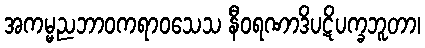
အကမ္မညဘာဝကရာဝသေသ နီဝရဏာဒိပဋိပက္ခဘူတာ၊